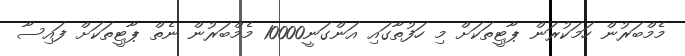
މެމްބަރުން ހަމަކުރަން ޕާޓީތަކަށް މި ހަފުތާގައި އަންގަނީ10000 މެމްބަރުން ނެތް ޕާޓީތަކަށް ފައިސާ